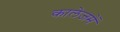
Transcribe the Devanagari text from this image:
कालेजमें